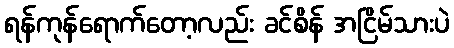
ရန်ကုန်ရောက်တော့လည်း ခင်စိန် အငြိမ်သားပဲ